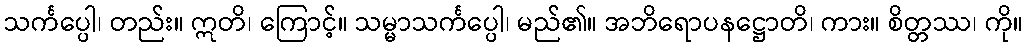
သင်္ကပ္ပေါ၊ တည်း။ ဣတိ၊ ကြောင့်။ သမ္မာသင်္ကပ္ပေါ၊ မည်၏။ အဘိရောပနဋ္ဌောတိ၊ ကား။ စိတ္တဿ၊ ကို။